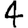
Digit: 4